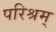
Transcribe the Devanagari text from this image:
परिश्रम्